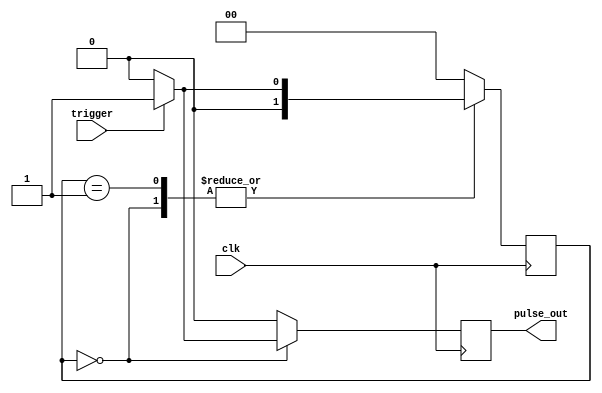
module pulse_gen(trigger, clk, pulse_out);

	input trigger;
	input clk;
	output pulse_out;
	
	reg [1:0] state;
	reg pulse_out;
	
	parameter IDLE =1'b0, WAIT_LOW = 1'b1;
	//parameter IDLE =2'b0, IN_HIGH = 2'b01, WAIT_LOW = 2'b11;
	initial state=IDLE;
	
	always@(posedge clk) begin
		// Toggle down pusle_out each posedge clk in order 
		// to make sure pulse_out lasts only 1 clk period
		pulse_out <= 1'b0;
		
		case(state)
		IDLE:
			if(trigger==1'b1) begin
				state <= WAIT_LOW;
				pulse_out <= 1'b1;
			end
			else 
				state<=IDLE;
			
		WAIT_LOW:
			if(trigger==1'b1) 
				state<=WAIT_LOW;
			else 
				state <= IDLE;
		default state <= IDLE;
		endcase
	end

endmodule